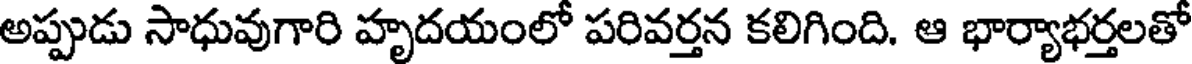
అప్పుడు సాధువుగారి హృదయంలో పరివర్తన కలిగింది. ఆ భార్యాభర్తలతో